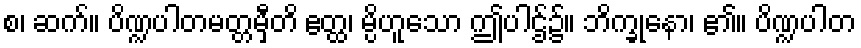
စ၊ ဆက်။ ပိဏ္ဍပါတမတ္တမှီတိ ဧတ္ထ၊ မ္ပိဟူသော ဤပါဌ်၌။ ဘိက္ခုနော၊ ၏။ ပိဏ္ဍပါတ